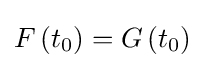
F\left(t_{0}\right)=G\left(t_{0}\right)